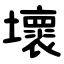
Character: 壞